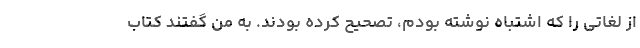
از لغاتی را که اشتباه نوشته بودم، تصحیح کرده بودند. به من گفتند کتاب